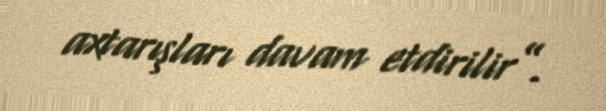
axtarışları davam etdirilir”.